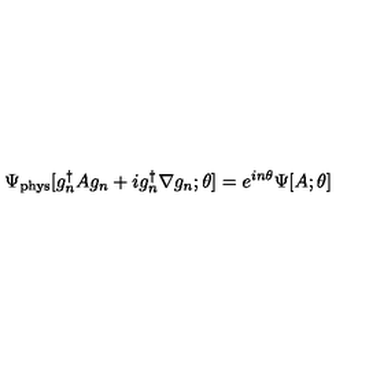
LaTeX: \Psi _ { \mathrm { p h y s } } [ g _ { n } ^ { \dagger } A g _ { n } + i g _ { n } ^ { \dagger } \nabla g _ { n } ; \theta ] = e ^ { i n \theta } \Psi [ A ; \theta ]